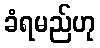
ခံရမည်ဟု